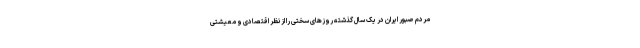
مردم صبور ایران در یک سال گذشته روزهای سختی را از نظر اقتصادی و معیشتی